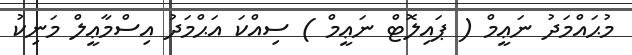
މުޙައްމަދު ނަޢީމް ( ޕައިލޮޓް ނަޢީމް ) ސިއްކަ އަޙްމަދު އިސްމާޢީލް މަނިކު